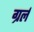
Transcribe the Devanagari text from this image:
ग्रर्ल